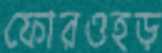
ফোরওহড়